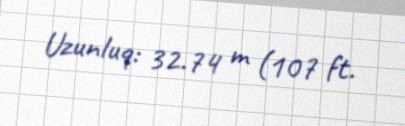
Uzunluq: 32.74 m (107 ft.